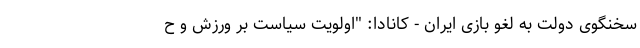
سخنگوی دولت به لغو بازی ایران - کانادا: "اولویت سیاست بر ورزش و ح